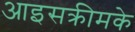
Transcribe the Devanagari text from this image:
आइसक्रीमके